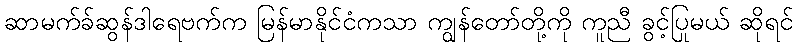
ဆာမက်ခ်ဆွန်ဒါရေဗက်က မြန်မာနိုင်ငံကသာ ကျွန်တော်တို့ကို ကူညီ ခွင့်ပြုမယ် ဆိုရင်